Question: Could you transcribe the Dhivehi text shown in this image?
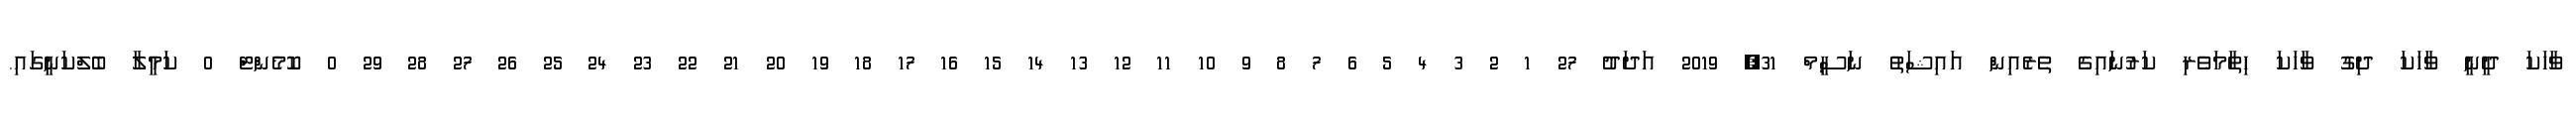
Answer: ވާހަކަ ދީނީ ވާހަކަ ދިގު ވާހަކަ ހިތާމަވެރި ކަރުނައިގެ ތެރެއިން އައިޝަތު ނަސީމް 31, 2019 އަދަދު 27 1 2 3 4 5 6 7 8 9 10 11 12 13 14 15 16 17 18 19 20 21 22 23 24 25 26 27 28 29 0 ކޮމެންޓް 0 ކަމީލާ ބެލްކަނީގައި.